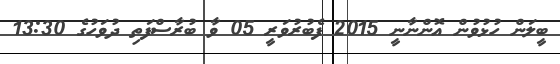
ބީލަން ހުޅުވުން އޮންނާނީ 2015 ފެބުރުވަރީ 05 ވާ ބުރާސްފަތި ދުވަހުގެ 13:30